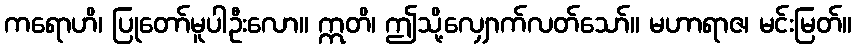
ကရောဟိ၊ ပြုတော်မူပါဦးလော။ ဣတိ၊ ဤသို့လျှောက်လတ်သော်။ မဟာရာဇ၊ မင်းမြတ်။